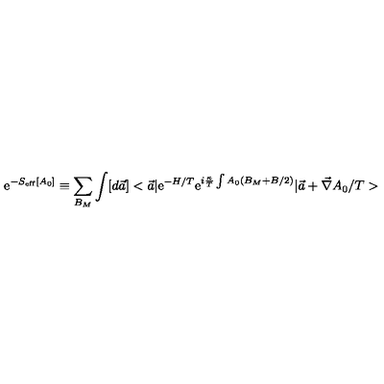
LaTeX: \mathrm { e } ^ { - S _ { \mathrm { e f f } } [ A _ { 0 } ] } \equiv \sum _ { B _ { M } } \int [ d \vec { a } ] < \vec { a } \vert \mathrm { e } ^ { - H / T } \mathrm { e } ^ { i \frac { \kappa } { T } \int A _ { 0 } ( B _ { M } + B / 2 ) } \vert \vec { a } + \vec { \nabla } A _ { 0 } / T >